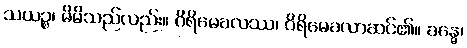
သယဉ္စ၊ မိမိသည်လည်း။ ဂိရိမေခလဿ၊ ဂိရိမေခလာဆင်၏။ ခန္ဓေ၊